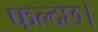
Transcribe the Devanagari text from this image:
फल्दछ।